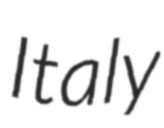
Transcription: Italy